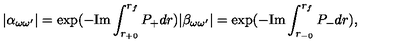
| \alpha _ { \omega \omega ^ { \prime } } | = \exp ( - \mathrm { I m } \int _ { r _ { + 0 } } ^ { r _ { f } } P _ { + } d r ) | \beta _ { \omega \omega ^ { \prime } } | = \exp ( - \mathrm { I m } \int _ { r _ { - 0 } } ^ { r _ { f } } P _ { - } d r ) ,